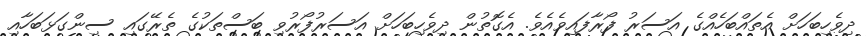
ދިވެހިބަހަށް އެތައްބަހެއްގެ އަސަރު ފޯރާފައިވެއެވެ. އެގޮތުން ދިވެހިބަހަށް އަސަރުފޯރުވި ބަސްތަކުގެ ތެރޭގައި ސިންގަޅަބަހާއި